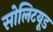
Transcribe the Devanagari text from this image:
सोलिटयूड